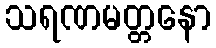
သရဏမတ္တနော